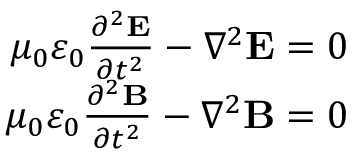
\begin{array} { r } { \mu _ { 0 } \varepsilon _ { 0 } { \frac { \partial ^ { 2 } \mathbf { E } } { \partial t ^ { 2 } } } - \nabla ^ { 2 } \mathbf { E } = 0 } \\ { \mu _ { 0 } \varepsilon _ { 0 } { \frac { \partial ^ { 2 } \mathbf { B } } { \partial t ^ { 2 } } } - \nabla ^ { 2 } \mathbf { B } = 0 } \end{array}